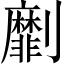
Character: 劘